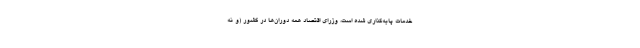
خدمات پایه‌گذاری شده است، وزرای اقتصاد همه دوران‌ها در کشور (و نه